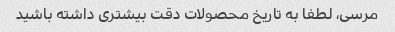
مرسی، لطفا به تاریخ محصولات دقت بیشتری داشته باشید